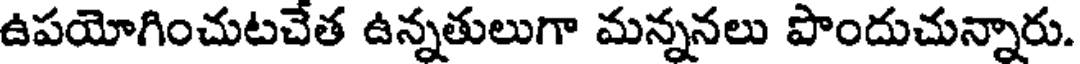
ఉపయోగించుటచేత ఉన్నతులుగా మన్ననలు పొందుచున్నారు.